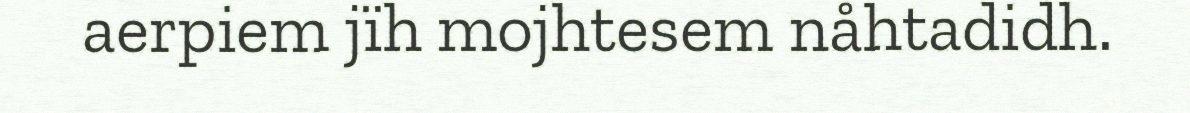
aerpiem jïh mojhtesem nåhtadidh.